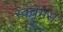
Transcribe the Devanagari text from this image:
स्क्वेमस